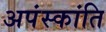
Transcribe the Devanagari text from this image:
अपंस्कांति